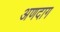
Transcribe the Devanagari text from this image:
अणदाग